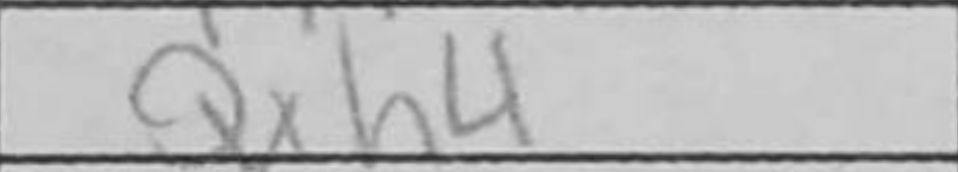
Transcription: Qxh4